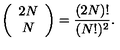
\left( \begin{array} { c } { 2 N } \\ { N } \\ \end{array} \right) = \frac { ( 2 N ) ! } { ( N ! ) ^ { 2 } } .